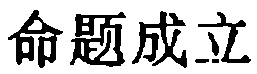
命题成立